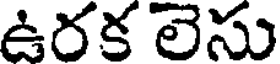
ఉరక లెసు